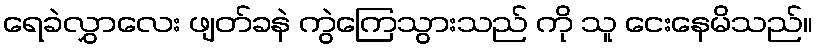
ရေခဲလွှာလေး ဖျတ်ခနဲ ကွဲကြေသွားသည် ကို သူ ငေးနေမိသည်။